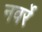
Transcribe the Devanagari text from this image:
नवर्रे